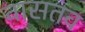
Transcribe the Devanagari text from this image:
वासतव